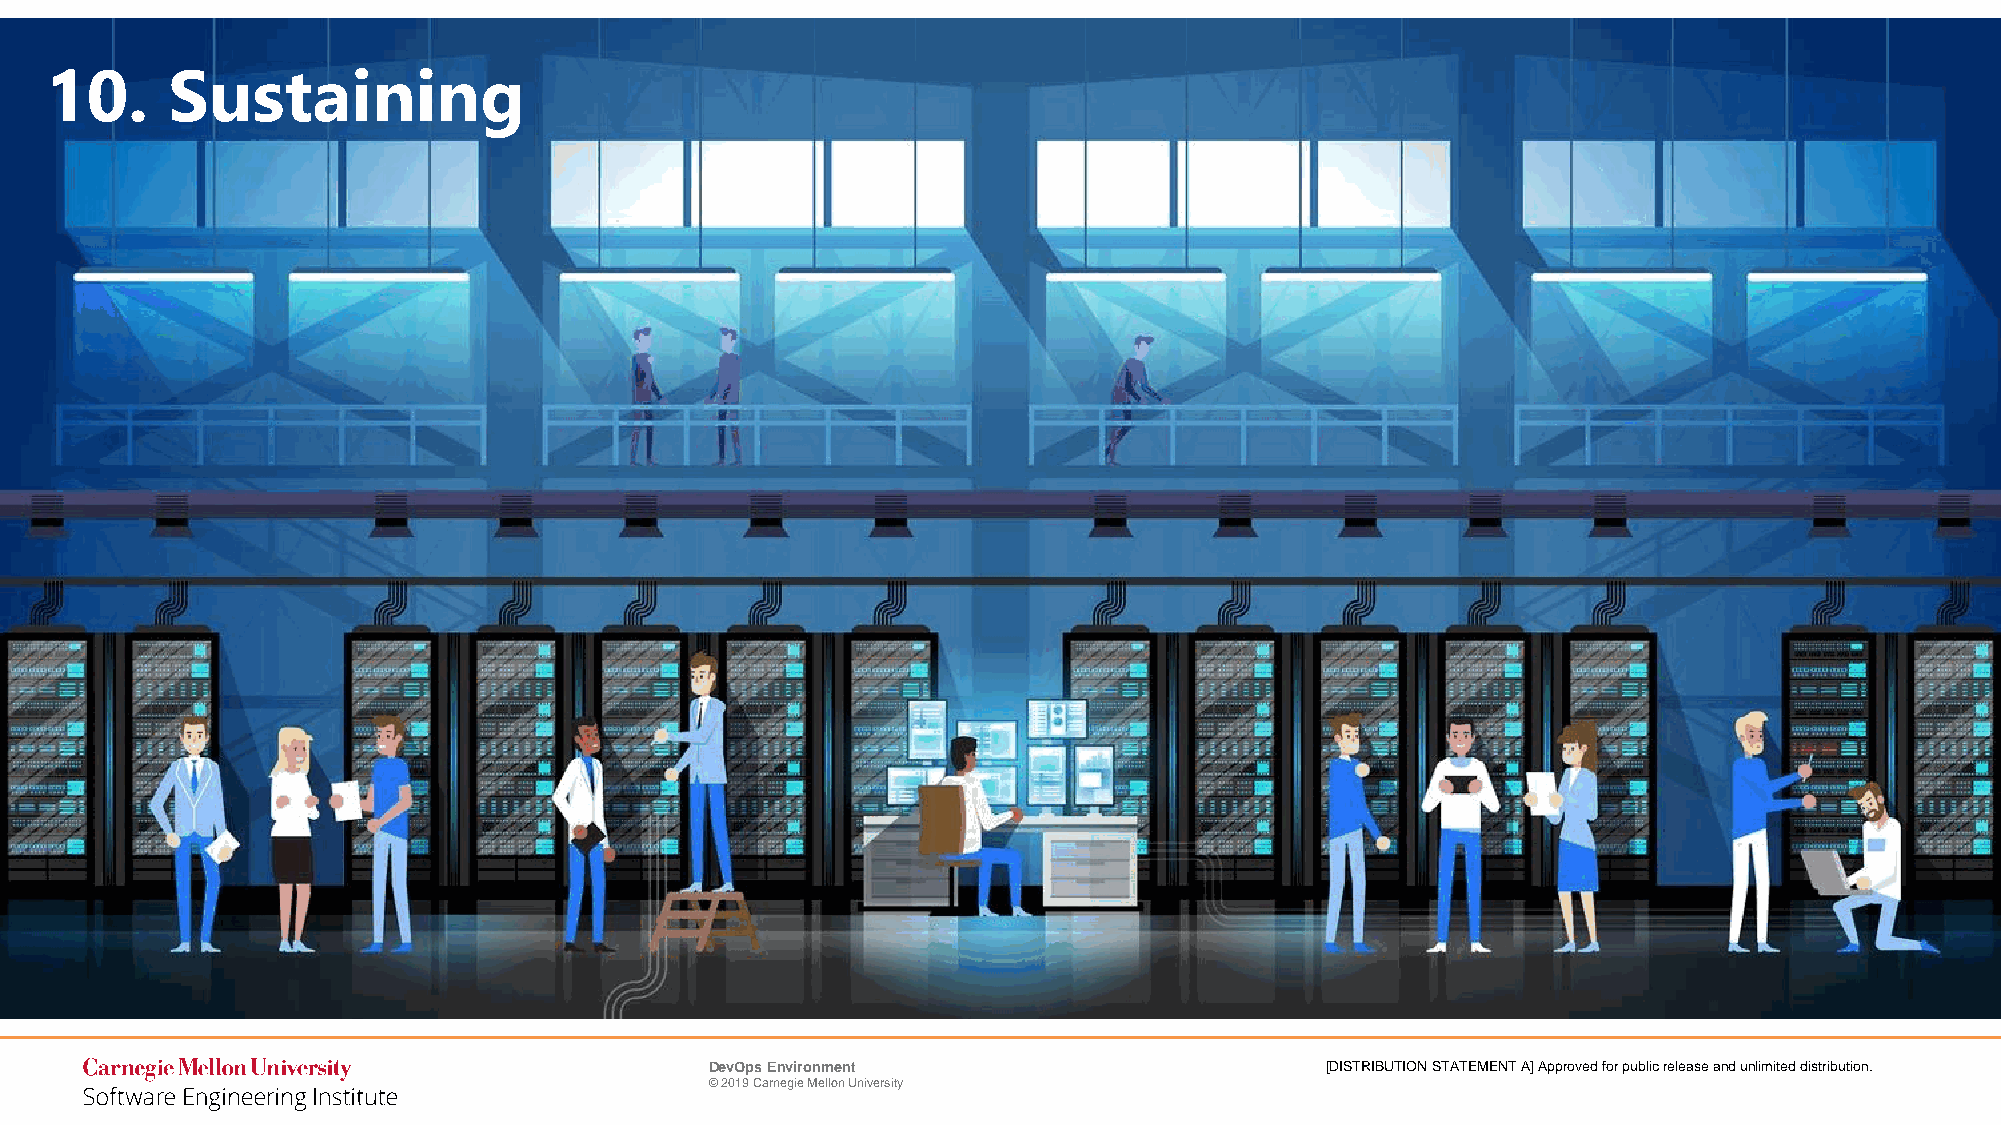
10.     Sustaining
 DevOps Environment                       [DISTRIBUTION STATEMENT A] Approved for public release and unlimited distribution.
 © 2019 Carnegie Mellon University